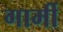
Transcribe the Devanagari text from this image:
गार्मी